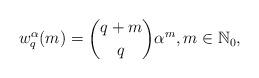
LaTeX: \begin{align*}w_q^\alpha(m)=\binom{q+m}{q}\alpha^{m}, m\in\mathbb{N}_0 ,\end{align*}